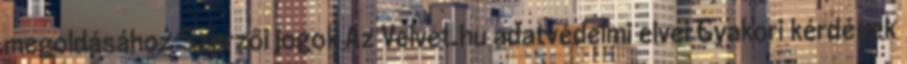
megoldásához Szerzői jogok Az Velvet.hu adatvédelmi elvei Gyakori kérdések